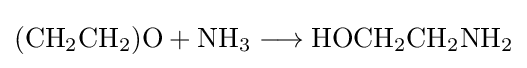
{(\mathrm {CH} {\vphantom {A}}_{\smash[{t}]{2}}\mathrm {CH} {\vphantom {A}}_{\smash[{t}]{2}})\mathrm {O} {}+{}\mathrm {NH} {\vphantom {A}}_{\smash[{t}]{3}}{}\mathrel {\longrightarrow } {}\mathrm {HOCH} {\vphantom {A}}_{\smash[{t}]{2}}\mathrm {CH} {\vphantom {A}}_{\smash[{t}]{2}}\mathrm {NH} {\vphantom {A}}_{\smash[{t}]{2}}}